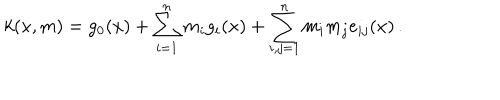
LaTeX: k ( x , m ) = g _ { 0 } ( x ) + \sum _ { i = 1 } ^ { n } m _ { i } g _ { i } ( x ) + \sum _ { i , j = 1 } ^ { n } m _ { i } m _ { j } e _ { i j } ( x ) \, .